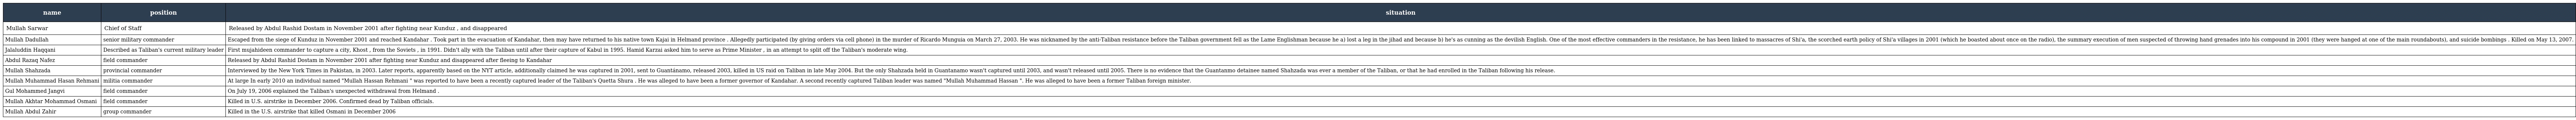
| name | position | situation |
 | --- | --- | --- |
 | Mullah Sarwar | Chief of Staff | Released by Abdul Rashid Dostam in November 2001 after fighting near Kunduz , and disappeared |
 | Mullah Dadullah | senior military commander | Escaped from the siege of Kunduz in November 2001 and reached Kandahar . Took part in the evacuation of Kandahar, then may have returned to his native town Kajai in Helmand province . Allegedly participated (by giving orders via cell phone) in the murder of Ricardo Munguia on March 27, 2003. He was nicknamed by the anti-Taliban resistance before the Taliban government fell as the Lame Englishman because he a) lost a leg in the jihad and because b) he's as cunning as the devilish English. One of the most effective commanders in the resistance, he has been linked to massacres of Shi'a, the scorched earth policy of Shi'a villages in 2001 (which he boasted about once on the radio), the summary execution of men suspected of throwing hand grenades into his compound in 2001 (they were hanged at one of the main roundabouts), and suicide bombings . Killed on May 13, 2007. |
 | Jalaluddin Haqqani | Described as Taliban's current military leader | First mujahideen commander to capture a city, Khost , from the Soviets , in 1991. Didn't ally with the Taliban until after their capture of Kabul in 1995. Hamid Karzai asked him to serve as Prime Minister , in an attempt to split off the Taliban's moderate wing. |
 | Abdul Razaq Nafez | field commander | Released by Abdul Rashid Dostam in November 2001 after fighting near Kunduz and disappeared after fleeing to Kandahar |
 | Mullah Shahzada | provincial commander | Interviewed by the New York Times in Pakistan, in 2003. Later reports, apparently based on the NYT article, additionally claimed he was captured in 2001, sent to Guantánamo, released 2003, killed in US raid on Taliban in late May 2004. But the only Shahzada held in Guantanamo wasn't captured until 2003, and wasn't released until 2005. There is no evidence that the Guantanmo detainee named Shahzada was ever a member of the Taliban, or that he had enrolled in the Taliban following his release. |
 | Mullah Muhammad Hasan Rehmani | militia commander | At large In early 2010 an individual named "Mullah Hassan Rehmani " was reported to have been a recently captured leader of the Taliban's Quetta Shura . He was alleged to have been a former governor of Kandahar. A second recently captured Taliban leader was named "Mullah Muhammad Hassan ". He was alleged to have been a former Taliban foreign minister. |
 | Gul Mohammed Jangvi | field commander | On July 19, 2006 explained the Taliban's unexpected withdrawal from Helmand . |
 | Mullah Akhtar Mohammad Osmani | field commander | Killed in U.S. airstrike in December 2006. Confirmed dead by Taliban officials. |
 | Mullah Abdul Zahir | group commander | Killed in the U.S. airstrike that killed Osmani in December 2006 |